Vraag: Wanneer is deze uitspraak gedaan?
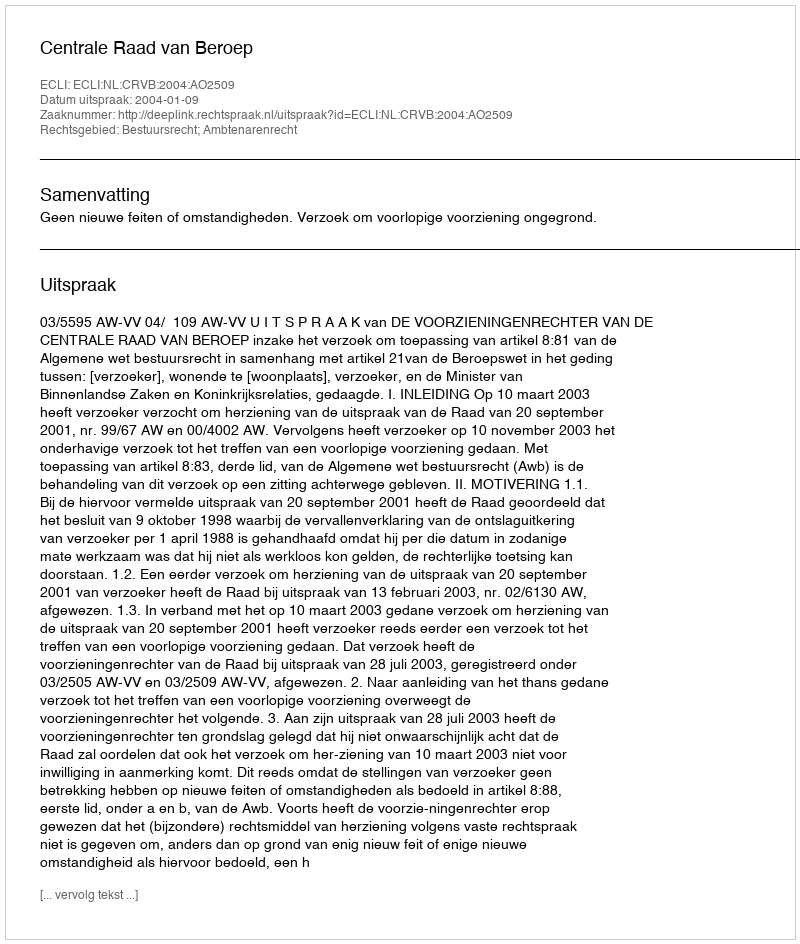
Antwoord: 2004-01-09